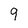
Character: 9